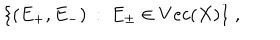
LaTeX: \{ ( E _ { + } , E _ { - } ) \: : \: E _ { \pm } \in V e c ( X ) \} \; ,